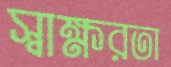
স্বাক্ষরতা